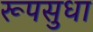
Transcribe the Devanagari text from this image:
रूपसुधा